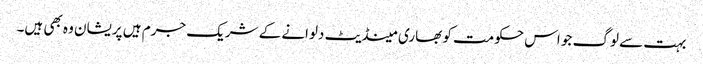
بہت سے لوگ جو اس حکومت کو بھاری مینڈیٹ دلوانے کے شریک جرم ہیں پریشان وہ بھی ہیں۔